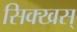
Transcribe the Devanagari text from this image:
सिक्खस्